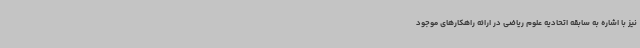
نیز با اشاره به سابقه اتحادیه علوم ریاضی در ارائه راهکارهای موجود